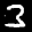
Digit: 3